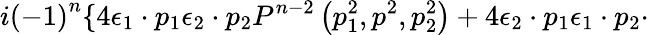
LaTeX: i{\left(-1\right)}^{n}\lbrace 4{\epsilon}_{1}\cdot p_{1}{\epsilon}_{2}\cdot p_{2}P^{n-2}\left(p_{1}^{2},p^{2},p_{2}^{2}\right)+4{\epsilon}_{2}\cdot p_{1}{\epsilon}_{1}\cdot p_{2}\cdot